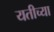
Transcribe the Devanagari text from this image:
यतीच्या